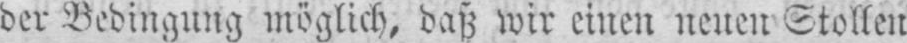
der Bedingung möglich, daß wir einen neuen Stollen